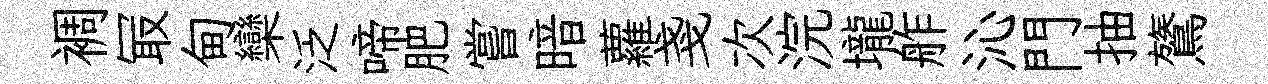
裯冣甸欒泛啼肥嘗暗蘿戔次浣壠舴沁門抽鷟